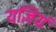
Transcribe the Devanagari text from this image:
यज्ञियं